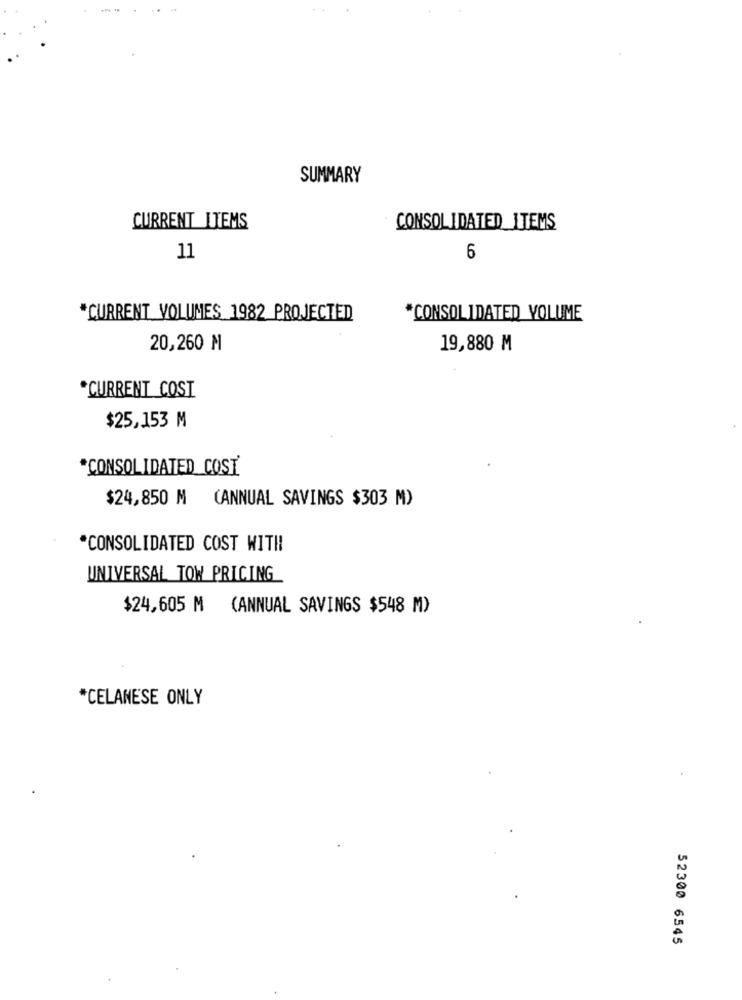
SUMMARY
CURRENT ITEMS
CONSOLIDATED_ITEMS
11
6
*CURRENT VOLUMES 1982 PROJECTED
*CONSOLIDATED VOLUME
20,260 M
19,880 M
*CURRENT COST
$25,153 M
*CONSOLIDATED COST
$24,850 M (ANNUAL SAVINGS $303 M)
*CONSOLIDATED COST WITH
UNIVERSAL TOW PRICING
$24,605 M (ANNUAL SAVINGS $548 M)
*CELANESE ONLY
52300 6545